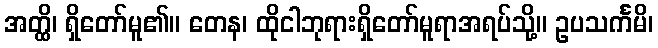
အတ္ထိ၊ ရှိတော်မူ၏။ တေန၊ ထိုငါဘုရားရှိတော်မူရာအရပ်သို့။ ဥပသင်္ကမိ၊